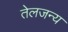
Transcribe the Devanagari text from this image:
तेलजन्य